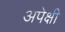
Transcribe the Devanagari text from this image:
अपेक्षी